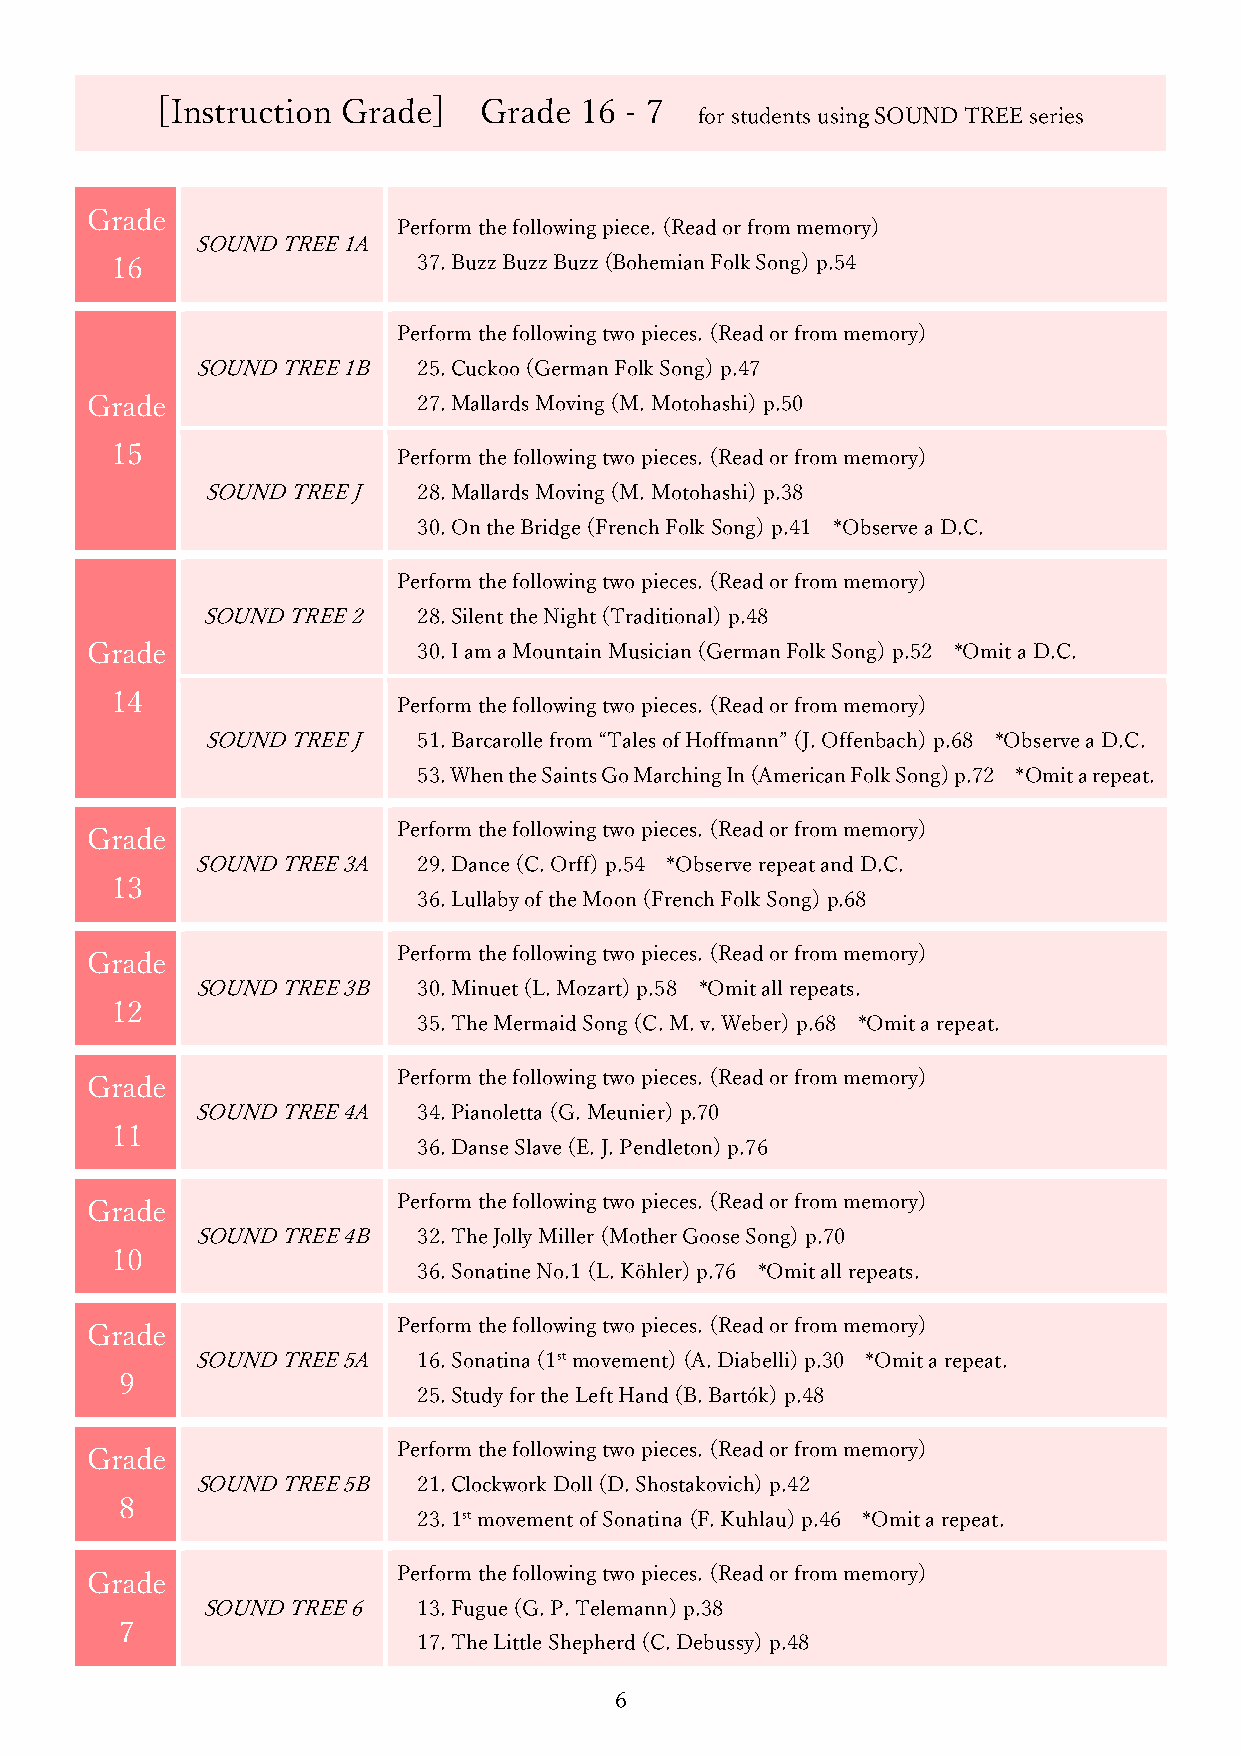
[Instruction Grade]   Grade 16 - 7
 for students using SOUND TREE series
 Grade
 Perform the following piece. (Read or from memory)
 SOUND TREE 1A
 16                   37. Buzz Buzz Buzz (Bohemian Folk Song) p.54
 Perform the following two pieces. (Read or from memory)
 SOUND TREE 1B  25. Cuckoo (German Folk Song) p.47
 Grade                 27. Mallards Moving (M. Motohashi) p.50
 15
 Perform the following two pieces. (Read or from memory)
 SOUND TREE J   28. Mallards Moving (M. Motohashi) p.38
 30. On the Bridge (French Folk Song) p.41 *Observe a D.C.
 Perform the following two pieces. (Read or from memory)
 SOUND TREE 2   28. Silent the Night (Traditional) p.48
 Grade                 30. I am a Mountain Musician (German Folk Song) p.52 *Omit a D.C.
 14
 Perform the following two pieces. (Read or from memory)
 SOUND TREE J   51. Barcarolle from “Tales of Hoffmann” (J. Offenbach) p.68 *Observe a D.C.
 53. When the Saints Go Marching In (American Folk Song) p.72 *Omit a repeat.
 Grade               Perform the following two pieces. (Read or from memory)
 SOUND TREE 3A  29. Dance (C. Orff) p.54 *Observe repeat and D.C.
 13
 36. Lullaby of the Moon (French Folk Song) p.68
 Grade               Perform the following two pieces. (Read or from memory)
 SOUND TREE 3B  30. Minuet (L. Mozart) p.58 *Omit all repeats.
 12
 35. The Mermaid Song (C. M. v. Weber) p.68 *Omit a repeat.
 Grade               Perform the following two pieces. (Read or from memory)
 SOUND TREE 4A  34. Pianoletta (G. Meunier) p.70
 11
 36. Danse Slave (E. J. Pendleton) p.76
 Grade               Perform the following two pieces. (Read or from memory)
 SOUND TREE 4B  32. The Jolly Miller (Mother Goose Song) p.70
 10
 36. Sonatine No.1 (L. Köhler) p.76 *Omit all repeats.
 Grade               Perform the following two pieces. (Read or from memory)
 SOUND TREE 5A  16. Sonatina (1st movement) (A. Diabelli) p.30 *Omit a repeat.
 9
 25. Study for the Left Hand (B. Bartók) p.48
 Grade               Perform the following two pieces. (Read or from memory)
 SOUND TREE 5B  21. Clockwork Doll (D. Shostakovich) p.42
 8
 23. 1st movement of Sonatina (F. Kuhlau) p.46 *Omit a repeat.
 Grade               Perform the following two pieces. (Read or from memory)
 SOUND TREE 6   13. Fugue (G. P. Telemann) p.38
 7
 17. The Little Shepherd (C. Debussy) p.48
 6